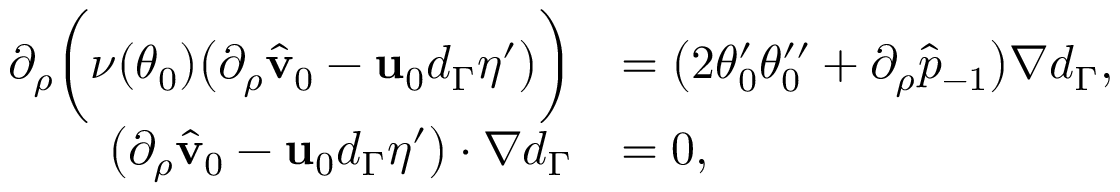
\begin{array} { r l } { \partial _ { \rho } \bigg ( \nu ( \theta _ { 0 } ) \big ( \partial _ { \rho } \hat { \mathbf { v } } _ { 0 } - \mathbf { u } _ { 0 } d _ { \Gamma } \eta ^ { \prime } \big ) \bigg ) } & { = \big ( 2 \theta _ { 0 } ^ { \prime } \theta _ { 0 } ^ { \prime \prime } + \partial _ { \rho } \hat { p } _ { - 1 } \big ) \nabla d _ { \Gamma } , } \\ { \big ( \partial _ { \rho } \hat { \mathbf { v } } _ { 0 } - \mathbf { u } _ { 0 } d _ { \Gamma } \eta ^ { \prime } \big ) \cdot \nabla d _ { \Gamma } } & { = 0 , } \end{array}